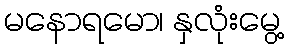
မနောရမော၊ နှလုံးမွေ့